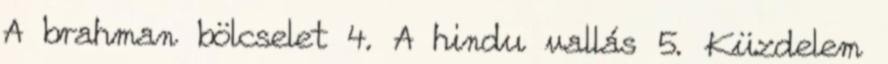
A brahman bölcselet 4. A hindu vallás 5. Küzdelem